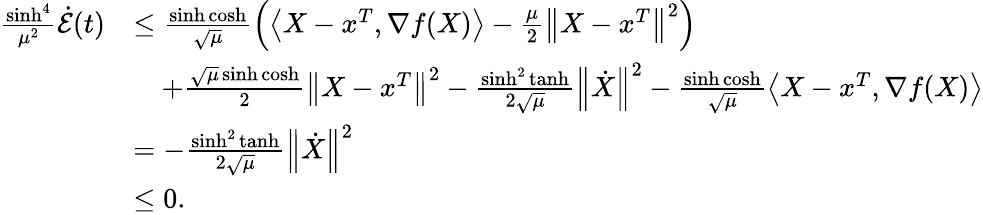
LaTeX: \begin{array}{rl}{\frac{\sinh^{4}}{\mu^{2}}\dot{\mathcal{E}}(t)}&{\leq\frac{\sinh\cosh}{\sqrt{\mu}}\left(\left\langle X-x^{T},\nabla f(X)\right\rangle-\frac{\mu}{2}\left\Vert X-x^{T}\right\Vert^{2}\right)}\\ &{\quad+\frac{\sqrt{\mu}\sinh\cosh}{2}\left\Vert X-x^{T}\right\Vert^{2}-\frac{\sinh^{2}\operatorname{tanh}}{2\sqrt{\mu}}\left\Vert\dot{X}\right\Vert^{2}-\frac{\sinh\cosh}{\sqrt{\mu}}\left\langle X-x^{T},\nabla f(X)\right\rangle}\\ &{=-\frac{\sinh^{2}\operatorname{tanh}}{2\sqrt{\mu}}\left\Vert\dot{X}\right\Vert^{2}}\\ &{\leq 0.}\end{array}